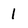
Character: l